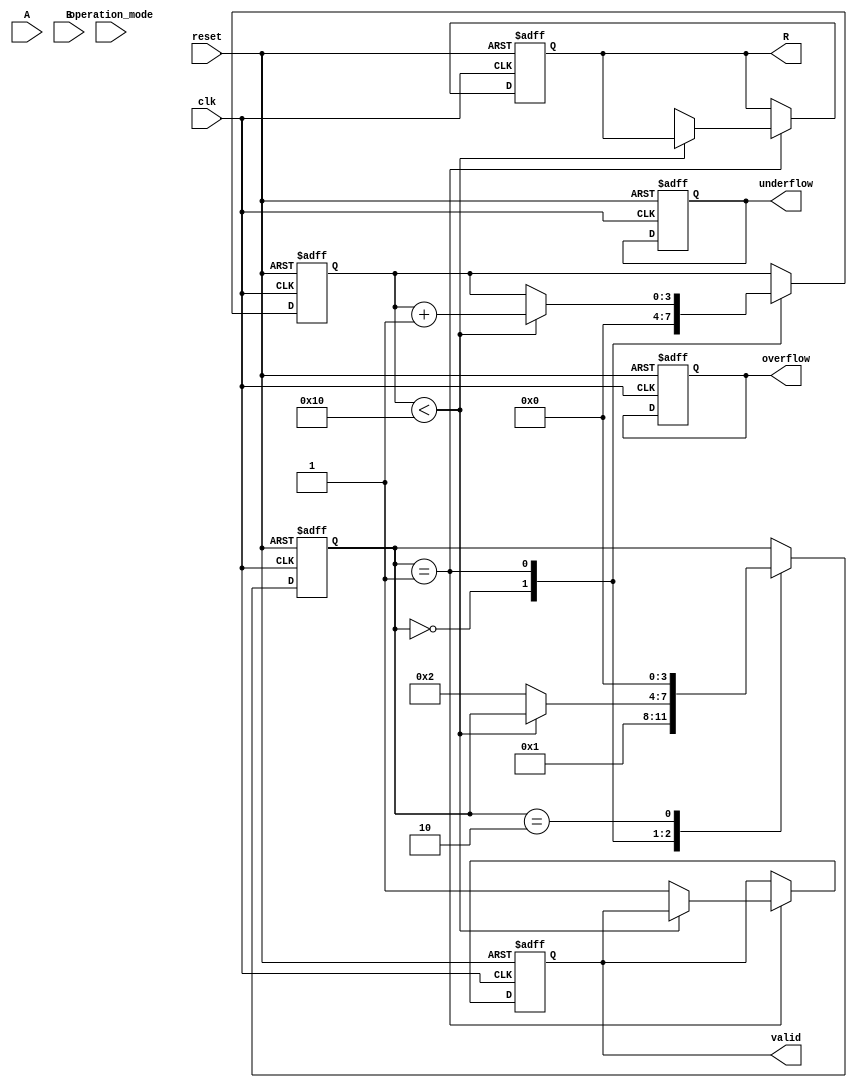
module CORDIC_Arithmetic (
    input wire clk,
    input wire reset,
    input wire [15:0] A, // Input operand A
    input wire [15:0] B, // Input operand B
    input wire [2:0] operation_mode, // Operation mode: 0-add, 1-subtract, 2-multiply, 3-divide, 4-rotate
    output reg [31:0] R, // Result output
    output reg overflow, // Overflow flag
    output reg underflow, // Underflow flag
    output reg valid // Valid output flag
);

    // CORDIC parameters
    parameter NUM_ITERATIONS = 16;
    reg signed [31:0] x[0:NUM_ITERATIONS-1];
    reg signed [31:0] y[0:NUM_ITERATIONS-1];
    reg signed [31:0] z[0:NUM_ITERATIONS-1];
    reg signed [31:0] angle_table[0:NUM_ITERATIONS-1];

    // Initialize angle lookup table
    initial begin
        angle_table[0] = 32'h00000000; // 0
        angle_table[1] = 32'h0000003F; // atan(1/2^1)
        angle_table[2] = 32'h0000001A; // atan(1/2^2)
        angle_table[3] = 32'h0000000D; // atan(1/2^3)
        // ... Fill in the rest of the angles
    end

    // Control unit
    reg [3:0] state;
    reg [3:0] iteration;

    always @(posedge clk or posedge reset) begin
        if (reset) begin
            R <= 0;
            overflow <= 0;
            underflow <= 0;
            valid <= 0;
            state <= 0;
            iteration <= 0;
        end else begin
            case (state)
                0: begin // Initialize
                    x[0] <= A;
                    y[0] <= B;
                    z[0] <= 0; // Initial angle
                    iteration <= 0;
                    state <= 1;
                end
                1: begin // CORDIC iterations
                    if (iteration < NUM_ITERATIONS) begin
                        // Perform rotation or vectoring based on operation_mode
                        case (operation_mode)
                            3'b000: begin // Addition
                                if (z[iteration] < 0) begin
                                    x[iteration + 1] <= x[iteration] + (y[iteration] >>> iteration);
                                    y[iteration + 1] <= y[iteration] - (x[iteration] >>> iteration);
                                    z[iteration + 1] <= z[iteration] + angle_table[iteration];
                                end else begin
                                    x[iteration + 1] <= x[iteration] - (y[iteration] >>> iteration);
                                    y[iteration + 1] <= y[iteration] + (x[iteration] >>> iteration);
                                    z[iteration + 1] <= z[iteration] - angle_table[iteration];
                                end
                            end
                            // Add cases for subtraction, multiplication, division, rotation
                            // ...
                        endcase
                        iteration <= iteration + 1;
                    end else begin
                        // Finalize result
                        R <= x[NUM_ITERATIONS];
                        valid <= 1;
                        state <= 2; // Move to output state
                    end
                end
                2: begin // Output state
                    // Check for overflow/underflow conditions
                    // Set overflow and underflow flags based on R
                    // ...
                    state <= 0; // Reset state
                end
            endcase
        end
    end

endmodule